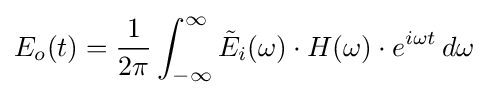
E_{o}(t)={\frac {1}{2\pi }}\int _{-\infty }^{\infty }{\tilde {E}}_{i}(\omega )\cdot H(\omega )\cdot e^{i\omega t}\,d\omega